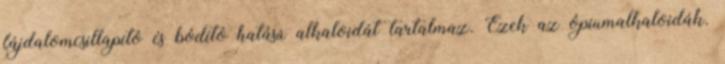
fájdalomcsillapító és bódító hatású alkaloidát tartalmaz. Ezek az ópiumalkaloidák.